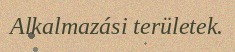
Alkalmazási területek.